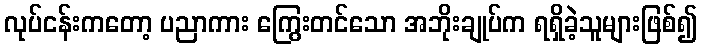
လုပ်ငန်းကတော့ ပညာကား ကြွေးတင်သော အဘိုးချုပ်က ရရှိခဲ့သူများဖြစ်၍